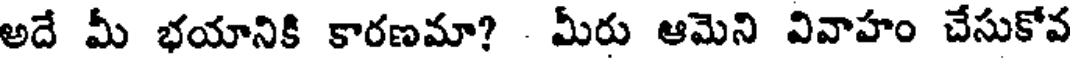
అదే మీ భయానికి కారణమా? - మీరు ఆమెని వివాహం చేసుకోవ